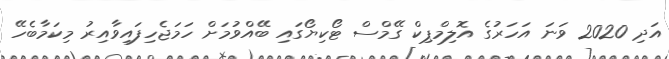
އަދި 2020 ވަނަ އަހަރުގެ އޮލިމްޕިކް ގޭމްސް ޓޯކިޔޯގައި ބޭއްވުމަށް ހަމަޖެހިފައިވާއިރު މިކަމާބެހޭ